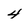
Character: 4